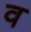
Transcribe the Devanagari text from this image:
व